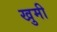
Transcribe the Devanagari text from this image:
खुमी